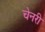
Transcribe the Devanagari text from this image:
चेनरी